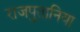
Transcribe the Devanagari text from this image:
राजपुतानिया